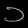
Digit: ၁